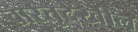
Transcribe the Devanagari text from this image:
वास्तूदेखील